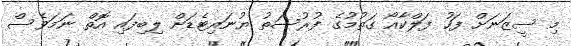
މި ސީޒަނަށް ފަހު ފަލްކާއޯ ގަތުމުގެ ފުރުސަތު ޔުނައިޓެޑަށް ލިބިފައި އޮތް ނަމަވެސް